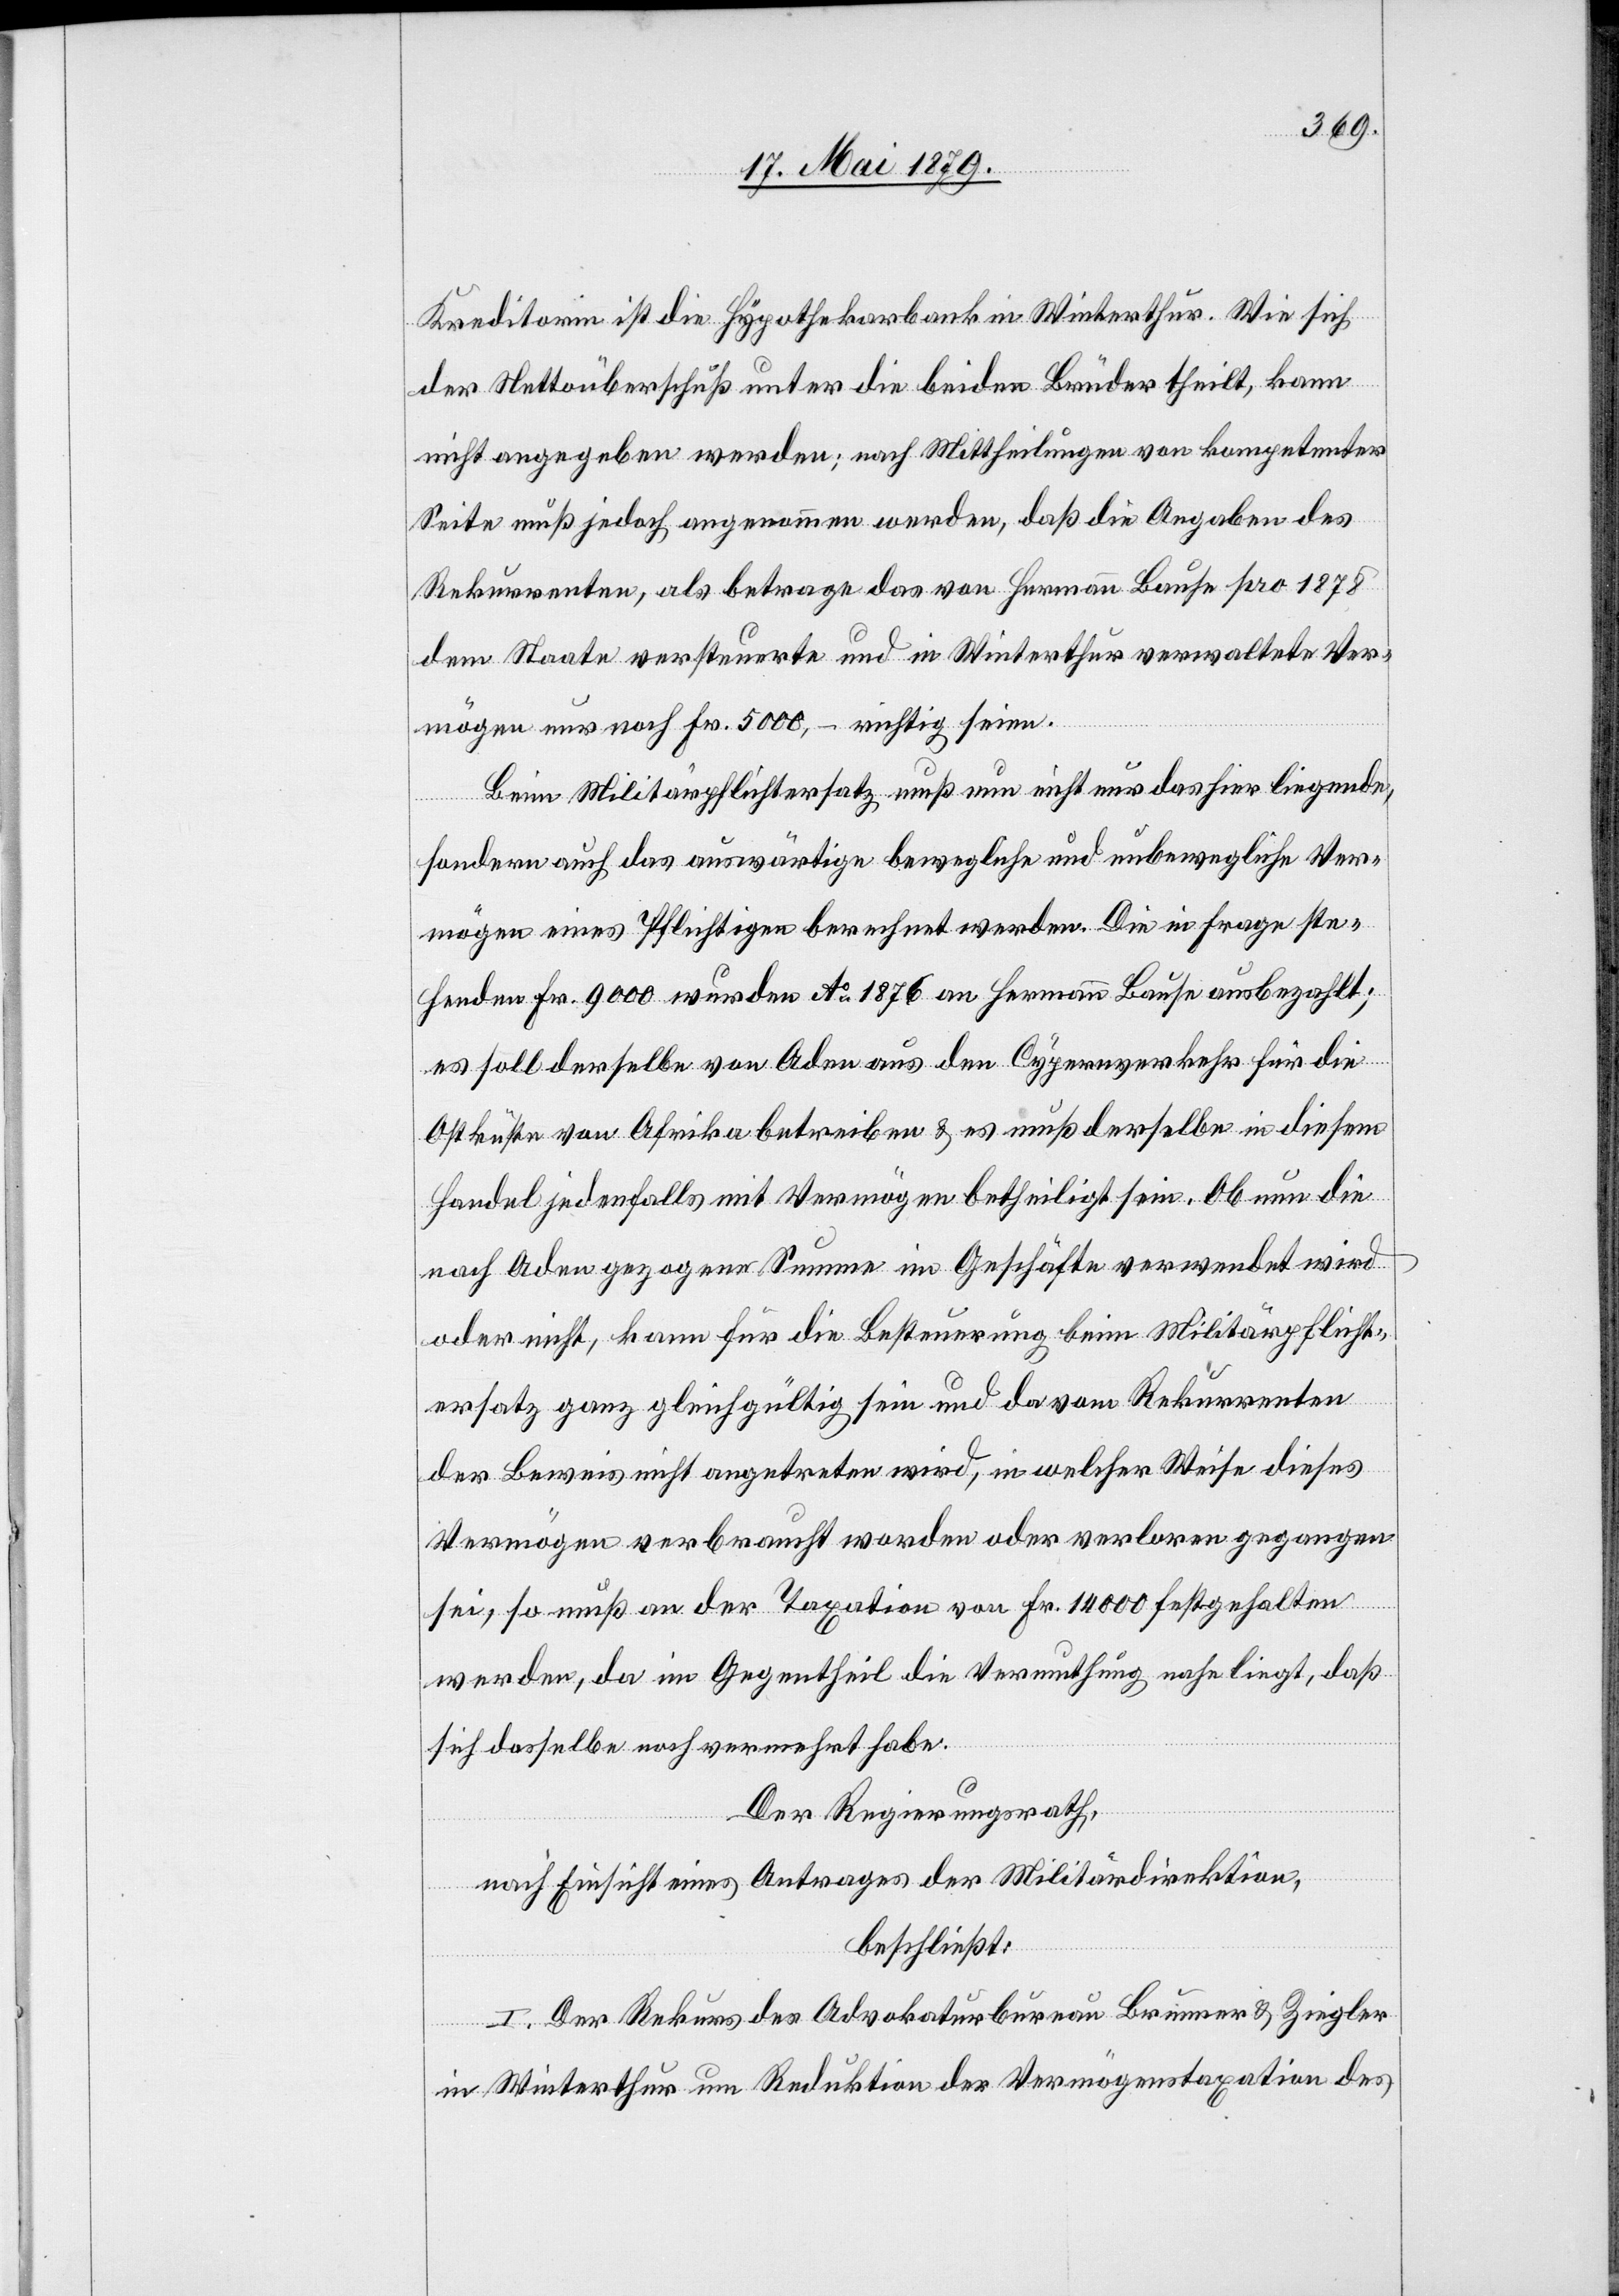
Kreditorin ist die Hypothekarbank in Winterthur. Wie sich
der Nettoüberschuß unter die beiden Brüder theilt, kann
nicht angegeben werden; nach Mittheilungen von kompetenter
Seite muß jedoch angenommen werden, daß die Angaben des
Rekurrenten, als betrage das von Hermann Bause pro 1878
dem Staate versteuerte und in Winterthur verwaltete Ver¬
mögen nur noch Fr. 5000.– richtig seien.
Beim Militärpflichtersatz muß nun nicht nur das hier liegende,
sondern auch das auswärtige bewegliche und unbewegliche Ver¬
mögen eines Pflichtigen berechnet werden. Die in Frage ste¬
henden Fr. 9000 wurden Ao 1876 an Hermann Bause ausbezahlt;
es soll derselbe von Aden aus den Cypernverkehr für die
Ostküste von Afrika betreiben & es muß derselbe in diesem
Handel jedenfalls mit Vermögen betheiligt sein. Ob nun die
nach Aden gezogene Summe im Geschäfte verwendet wird
oder nicht, kann für die Besteuerung beim Militärpflicht¬
ersatz ganz gleichgültig sein und da vom Rekurrenten
der Beweis nicht angetreten wird, in welcher Weise dieses
Vermögen verbraucht worden oder verloren gegangen
sei, so muß an der Taxation von Fr. 14 000 festgehalten
werden, da im Gegentheil die Vermuthung nahe liegt, daß
sich dasselbe noch vermehrt habe.
Der Regierungsrath,
nach Einsicht eines Antrages der Militärdirektion,
beschließt:
I. Der Rekurs des Advokaturbureau Brunner & Ziegler
in Winterthur um Reduktion der Vermögenstaxation des